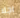
اجلا